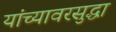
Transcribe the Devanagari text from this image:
यांच्यावरसुद्धा